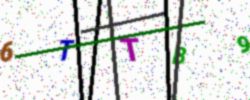
Text: 6TTB9